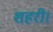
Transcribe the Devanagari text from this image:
शहरी।